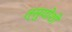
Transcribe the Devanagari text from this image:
त्सुयोशी